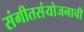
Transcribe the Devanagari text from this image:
संगीतसंयोजनाची